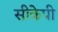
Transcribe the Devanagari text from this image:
सीकेपी